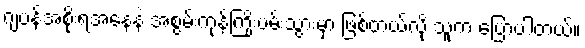
ဂျပန်အစိုးရအနေနဲ့ အစွမ်းကုန်ကြိုးပမ်းသွားမှာ ဖြစ်တယ်လို့ သူက ပြောပါတယ်။